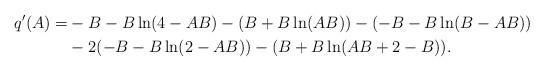
LaTeX: \begin{align*}q'(A)=&-B-B\ln(4-AB)-(B+B\ln(AB))-(-B-B\ln(B-AB))\\&-2(-B-B\ln(2-AB))-(B+B\ln(AB+2-B)).\end{align*}